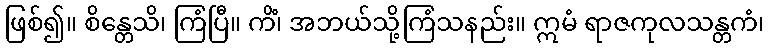
ဖြစ်၍။ စိန္တေသိ၊ ကြံပြီ။ ကိံ၊ အဘယ်သို့ကြံသနည်း။ ဣမံ ရာဇကုလသန္တကံ၊